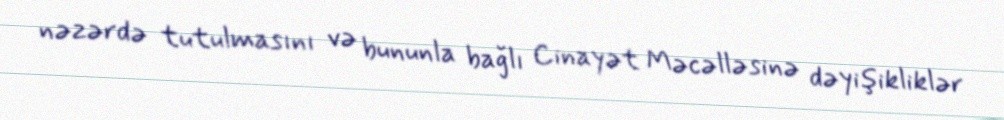
nəzərdə tutulmasını və bununla bağlı Cinayət Məcəlləsinə dəyişikliklər